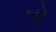
વો